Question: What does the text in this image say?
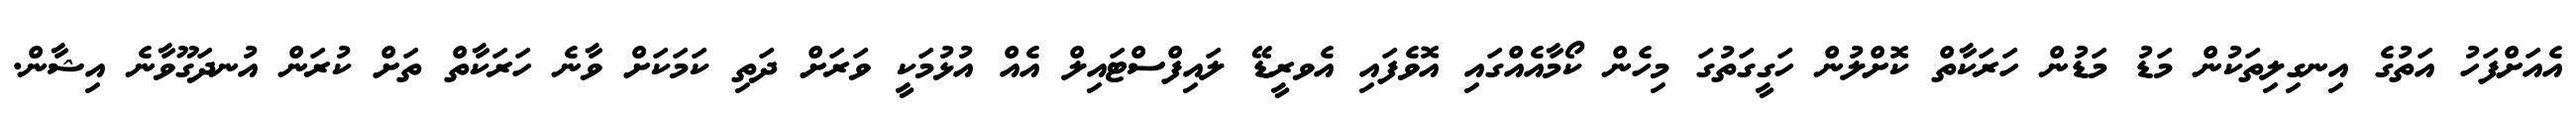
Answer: އެއަށްފަހު އަތުގެ އިނގިލިތަކުން މަޑު މަޑުން ހަރަކާތް ކޮށްލުން ހަގީގަތުގަ މިހެން ކޯމާއެއްގައި އޮވެފައި އެވރީޑޭ ލައިފްސްޓައިލް އެއް އުޅުމަކީ ވަރަށް ދަތި ކަމަކަށް ވާނެ ހަރަކާތް ތަށް ކުރަން އުނދަގޫވާނެ އިޝާން.